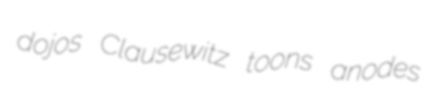
dojos Clausewitz toons anodes